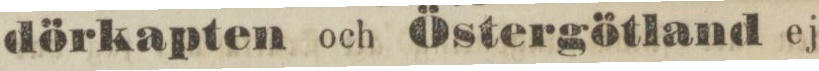
dörkapten och Östergötland ej